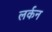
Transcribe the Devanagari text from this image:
लर्कन